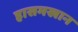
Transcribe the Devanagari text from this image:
हासमखान